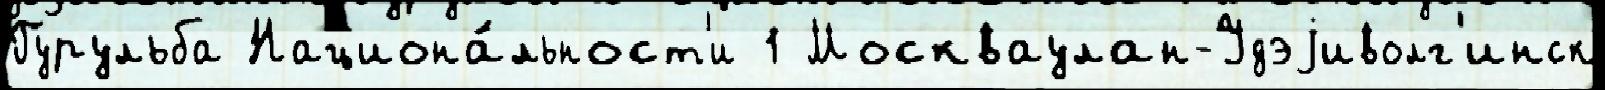
Гурульба Национа́льност'и 1 Москваулан-Удэjиволг'инск